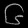
Digit: ၆